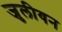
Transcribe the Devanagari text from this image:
जुलीयन